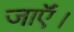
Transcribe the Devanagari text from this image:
जाऍं।